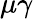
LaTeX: \mu\gamma